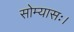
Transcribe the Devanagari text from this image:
सोम्यासः।